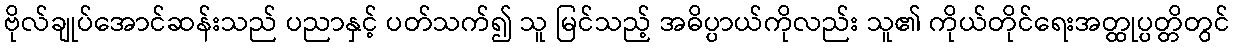
ဗိုလ်ချုပ်အောင်ဆန်းသည် ပညာနှင့် ပတ်သက်၍ သူ မြင်သည့် အဓိပ္ပာယ်ကိုလည်း သူ၏ ကိုယ်တိုင်ရေးအတ္ထုပ္ပတ္တိတွင်